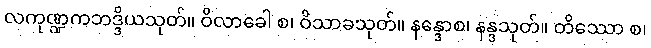
လကုဏ္ဍကဘဒ္ဒိယသုတ်။ ဝိလာခေါ စ၊ ဝိသာခသုတ်။ နန္ဒောစ၊ နန္ဒသုတ်။ တိဿော စ၊